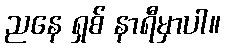
ညနေ ရှစ် နာရီမှာပါ။